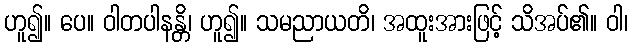
ဟူ၍။ ပေ။ ဝါတပါနန္တိ၊ ဟူ၍။ သမညာယတိ၊ အထူးအားဖြင့် သိအပ်၏။ ဝါ၊